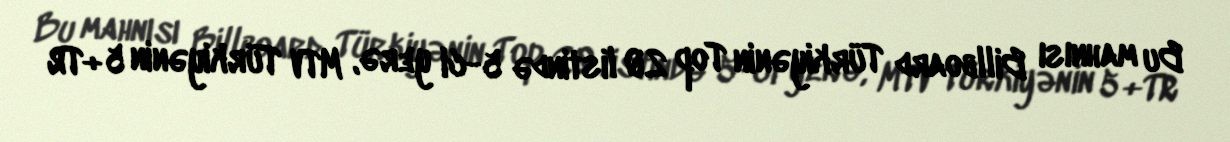
Bu mahnısı Billboard Türkiyənin Top 20 listində 5-ci yerə, MTV Türkiyənin 5+TR